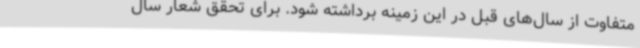
متفاوت از سال‌های قبل در این زمینه برداشته شود. برای تحقق شعار سال